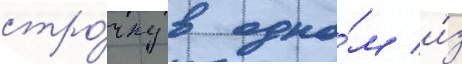
стро́чку в одно́м и́з